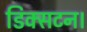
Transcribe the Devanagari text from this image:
डिक्सटन।